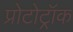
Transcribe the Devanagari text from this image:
प्रोटोट्रॉक